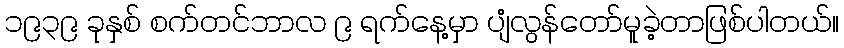
၁၉၃၉ ခုနှစ် စက်တင်ဘာလ ၉ ရက်နေ့မှာ ပျံလွန်တော်မူခဲ့တာဖြစ်ပါတယ်။